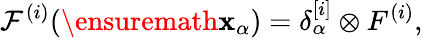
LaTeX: \mathcal F^{(i)}(\ensuremath{\mathbf{x}}_{\alpha})=\delta_{\alpha}^{[i]}\otimes F^{(i)},